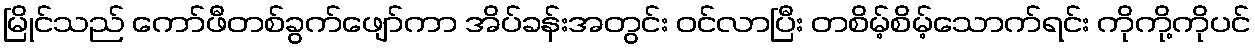
မြိုင်သည် ကော်ဖီတစ်ခွက်ဖျော်ကာ အိပ်ခန်းအတွင်း ဝင်လာပြီး တစိမ့်စိမ့်သောက်ရင်း ကိုကို့ကိုပင်